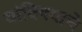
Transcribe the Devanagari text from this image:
यांविषयाचे